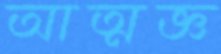
আত্মজ্ঞ